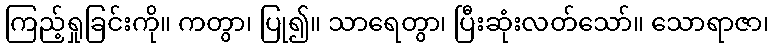
ကြည့်ရှုခြင်းကို။ ကတွာ၊ ပြု၍။ သာရေတွာ၊ ပြီးဆုံးလတ်သော်။ သောရာဇာ၊